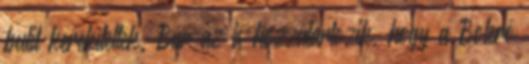
bulit kerekítettek. Bár az is hozzátartozik, hogy a Boleró